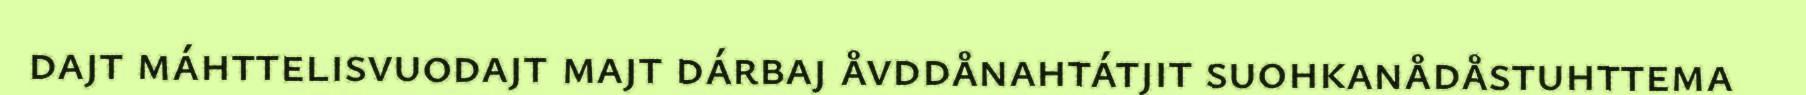
dajt máhttelisvuodajt majt dárbaj åvddånahtátjit suohkanådåstuhttema